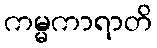
ကမ္မကာရာတိ